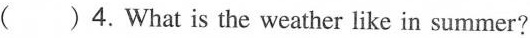
( ) 4.What is the weather like in summer?